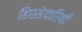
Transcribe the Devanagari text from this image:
हिस्सेदारियाँ